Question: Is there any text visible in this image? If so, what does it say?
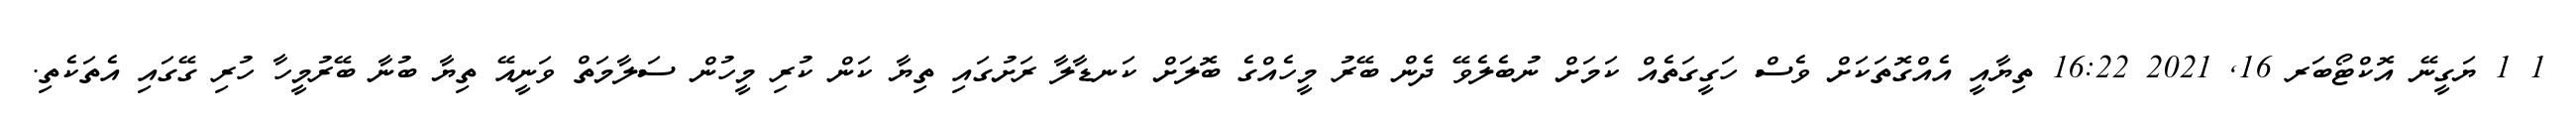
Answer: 1 1 ޔަގީނޭ އޮކްޓޯބަރ 16, 2021 16:22 ތިޔާއީ އެއްގޮތަކަށް ވެސް ހަގީގަތެއް ކަމަށް ނުބެލެވޭ ދެން ބޭރު މީހެއްގެ ބޮލަށް ކަނޑާލާ ރަށުގައި ތިޔާ ކަން ކުރި މީހުން ސަލާމަތް ވަނީއޭ ތިޔާ ބުނާ ބޭރުމީހާ ހުރި ގޭގައި އެތަކެތި.